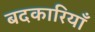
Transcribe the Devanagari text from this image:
बदकारियाँ